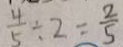
\frac { 4 } { 5 } \div 2 = \frac { 2 } { 5 }